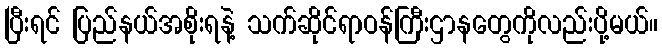
ပြီးရင် ပြည်နယ်အစိုးရနဲ့ သက်ဆိုင်ရာဝန်ကြီးဌာနတွေကိုလည်းပို့မယ်။